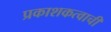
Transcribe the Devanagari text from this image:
प्रकाशकत्वाची